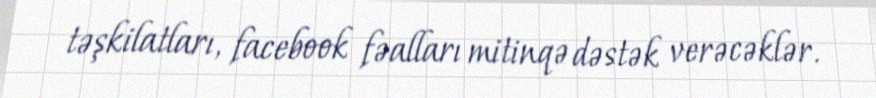
təşkilatları, facebook fəalları mitinqə dəstək verəcəklər.